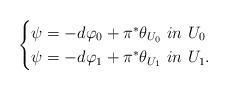
LaTeX: \begin{align*}\begin{cases}\psi = - d\varphi_0 + \pi^* \theta_{U_0} \, \, in \, \, U_0 \\\psi = - d\varphi_1 + \pi^* \theta_{U_1} \, \, in \, \, U_1 .\end{cases}\end{align*}